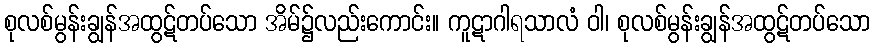
စုလစ်မွန်းချွန်အထွဋ်တပ်သော အိမ်၌လည်းကောင်း။ ကူဋာဂါရသာလံ ဝါ၊ စုလစ်မွန်းချွန်အထွဋ်တပ်သော